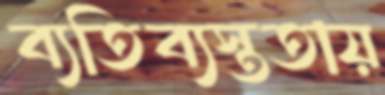
ব্যতিব্যস্ততায়